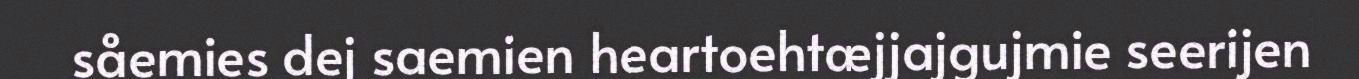
såemies dej saemien heartoehtæjjajgujmie seerijen